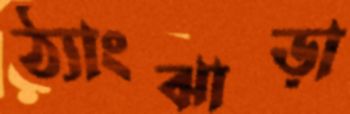
ঠ্যাংঝাড়া